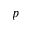
p